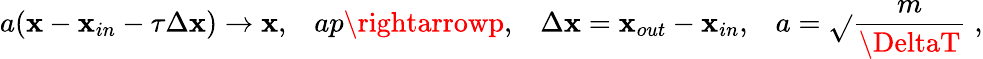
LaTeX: a(\mathbf{x}-\mathbf{x}_{in}-\tau\Delta\mathbf{x})\rightarrow\mathbf{x},\; \; \; ap\rightarrowp,\; \; \; \Delta\mathbf{x}=\mathbf{x}_{out}-\mathbf{x}_{in},\; \; \; a=\sqrt{}{{\frac{{m}}{{\DeltaT}}}}\; ,